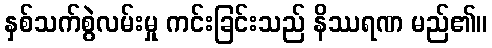
နှစ်သက်စွဲလမ်းမှု ကင်းခြင်းသည် နိဿရဏ မည်၏။